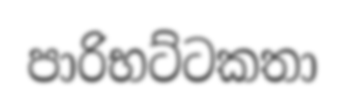
පාරිභට්ටකතා